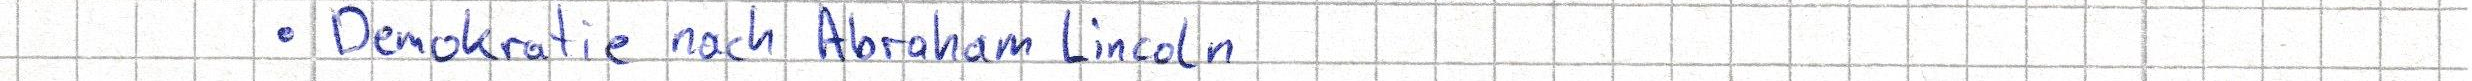
- Demokratie nach Abraham Lincoln